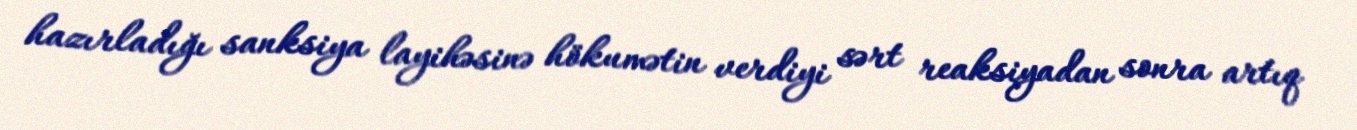
hazırladığı sanksiya layihəsinə hökumətin verdiyi sərt reaksiyadan sonra artıq